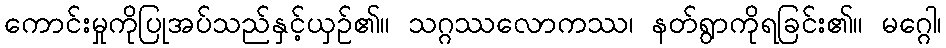
ကောင်းမှုကိုပြုအပ်သည်နှင့်ယှဉ်၏။ သဂ္ဂဿလောကဿ၊ နတ်ရွာကိုရခြင်း၏။ မဂ္ဂေါ၊